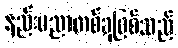
နည်းပညာတစ်ခုဖြစ်သည်